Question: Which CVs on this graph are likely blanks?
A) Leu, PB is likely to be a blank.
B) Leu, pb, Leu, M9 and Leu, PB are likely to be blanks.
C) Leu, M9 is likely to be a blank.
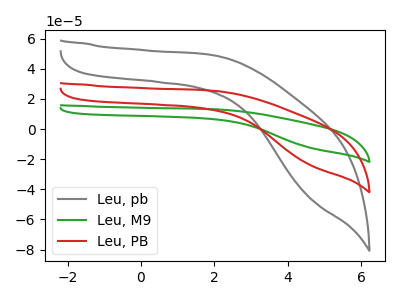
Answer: <think>The gray curve "Leu, pb" has no peaks. The green curve "Leu, M9" has no peaks. The red curve "Leu, PB" has no peaks.</think>
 <answer>B) "Leu, pb", "Leu, M9" and "Leu, PB" are likely to be blanks.</answer>
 <eval>B</eval>